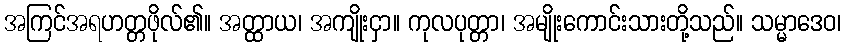
အကြင်အရဟတ္တဖိုလ်၏။ အတ္ထာယ၊ အကျိုးငှာ။ ကုလပုတ္တာ၊ အမျိုးကောင်းသားတို့သည်။ သမ္မာဒေဝ၊